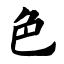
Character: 色